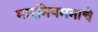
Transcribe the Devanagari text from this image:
भारनियमनाचे